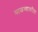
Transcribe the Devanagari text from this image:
माळव्यावरील